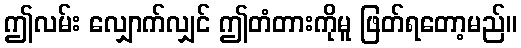
ဤလမ်း လျှောက်လျှင် ဤတံတားကိုမူ ဖြတ်ရတော့မည်။